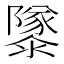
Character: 𱁂